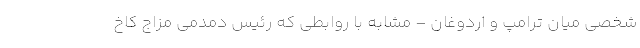
شخصی میان ترامپ و اردوغان – مشابه با روابطی که رئیس دمدمی مزاج کاخ